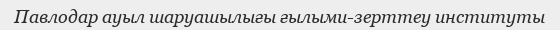
Павлодар ауыл шаруашылығы ғылыми-зерттеу институты